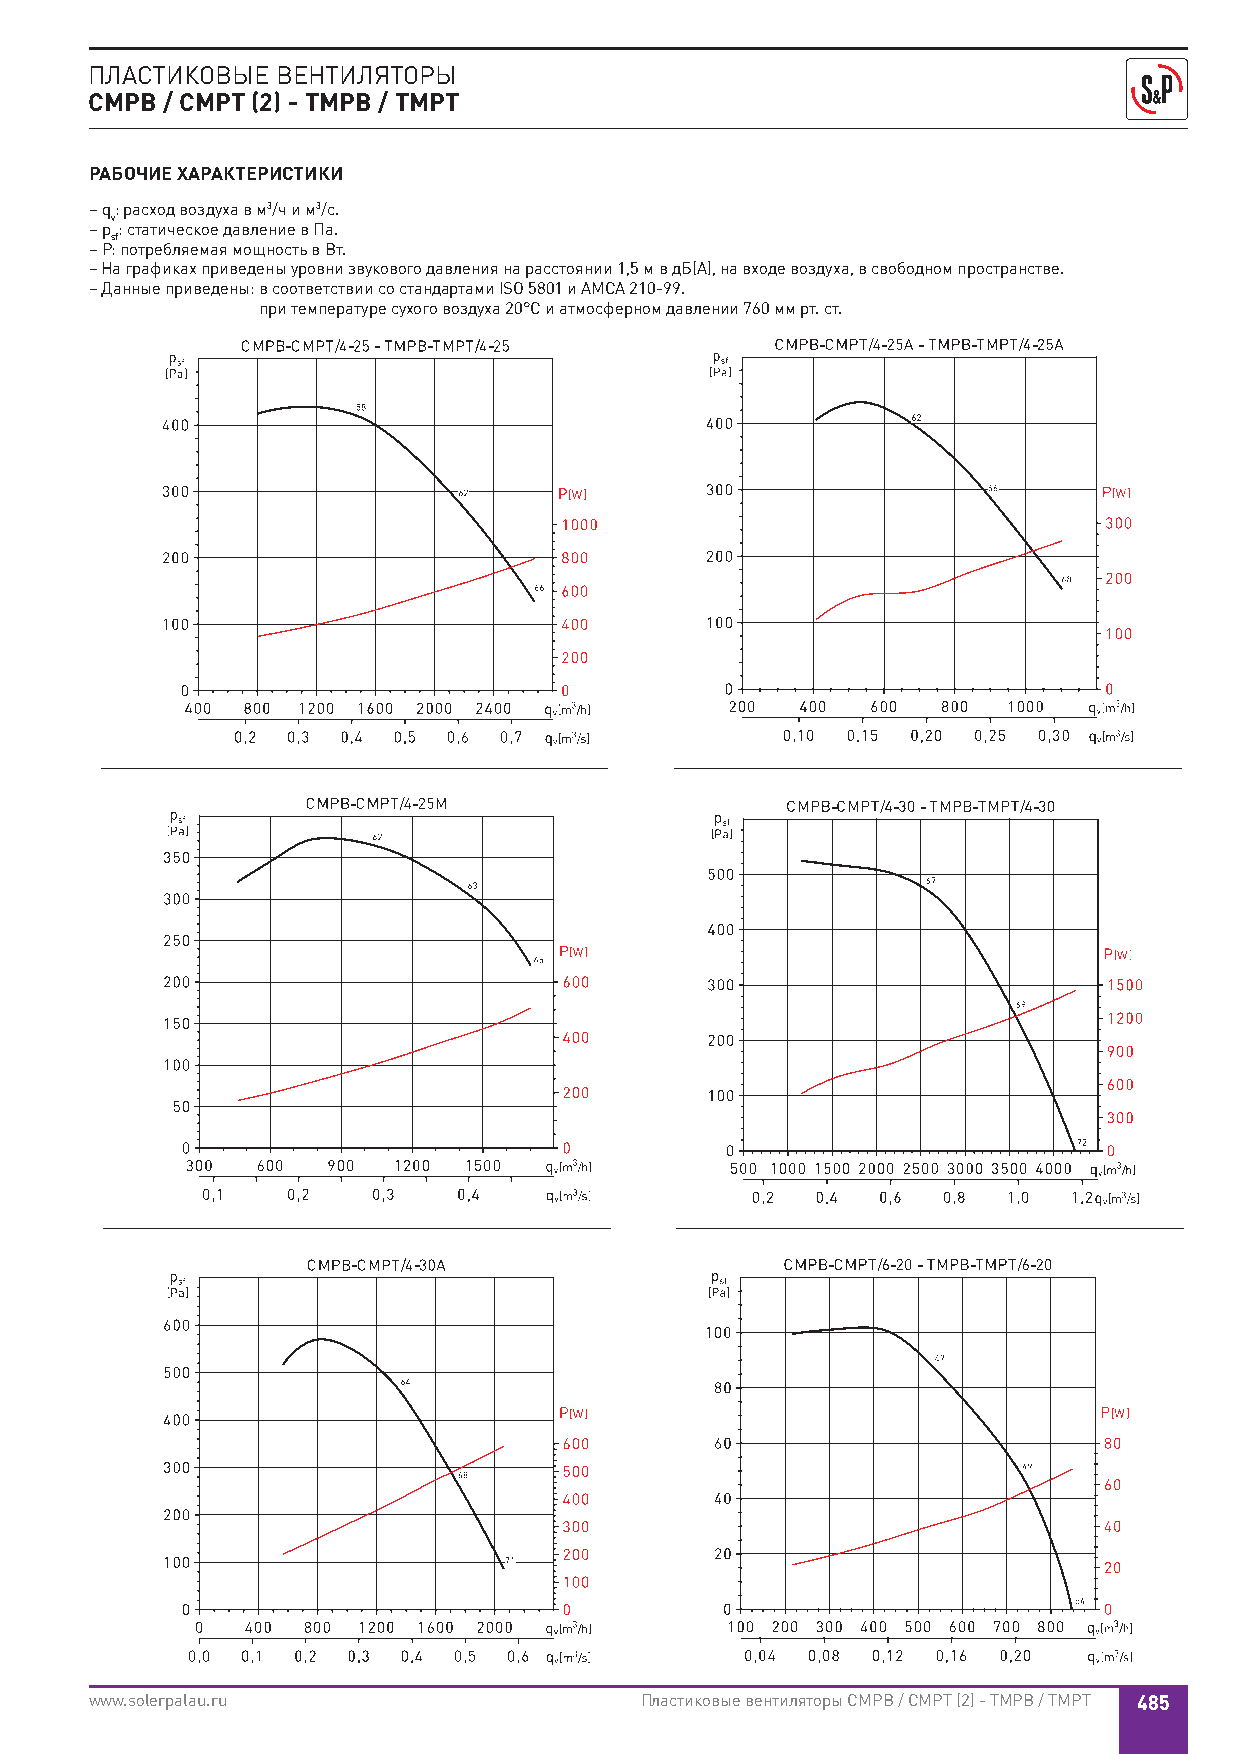
ПЛАСТИКОВЫЕ ВЕНТИЛЯТОРЫ
 CMPB / CMPT (2) - TMPB / TMPT
 РАБОЧИЕ ХАРАКТЕРИСТИКИ
 – q: расход воздуха в м3/ч и м3/с.
 v
 – p : статическое давление в Па.
 sf
 – P: потребляемая мощность в Вт.
 – На графиках приведены уровни звукового давления на расстоянии 1,5 м в дБ(А), на входе воздуха, в свободном пространстве.
 – Данные приведены: в соответствии со стандартами ISO 5801 и AMCA 210-99.
 при температуре сухого воздуха 20°С и атмосферном давлении 760 мм рт. ст.
 www.solerpalau.ru                   Пластиковые вентиляторы CMPB / CMPT (2) - TMPB / TMPT 485